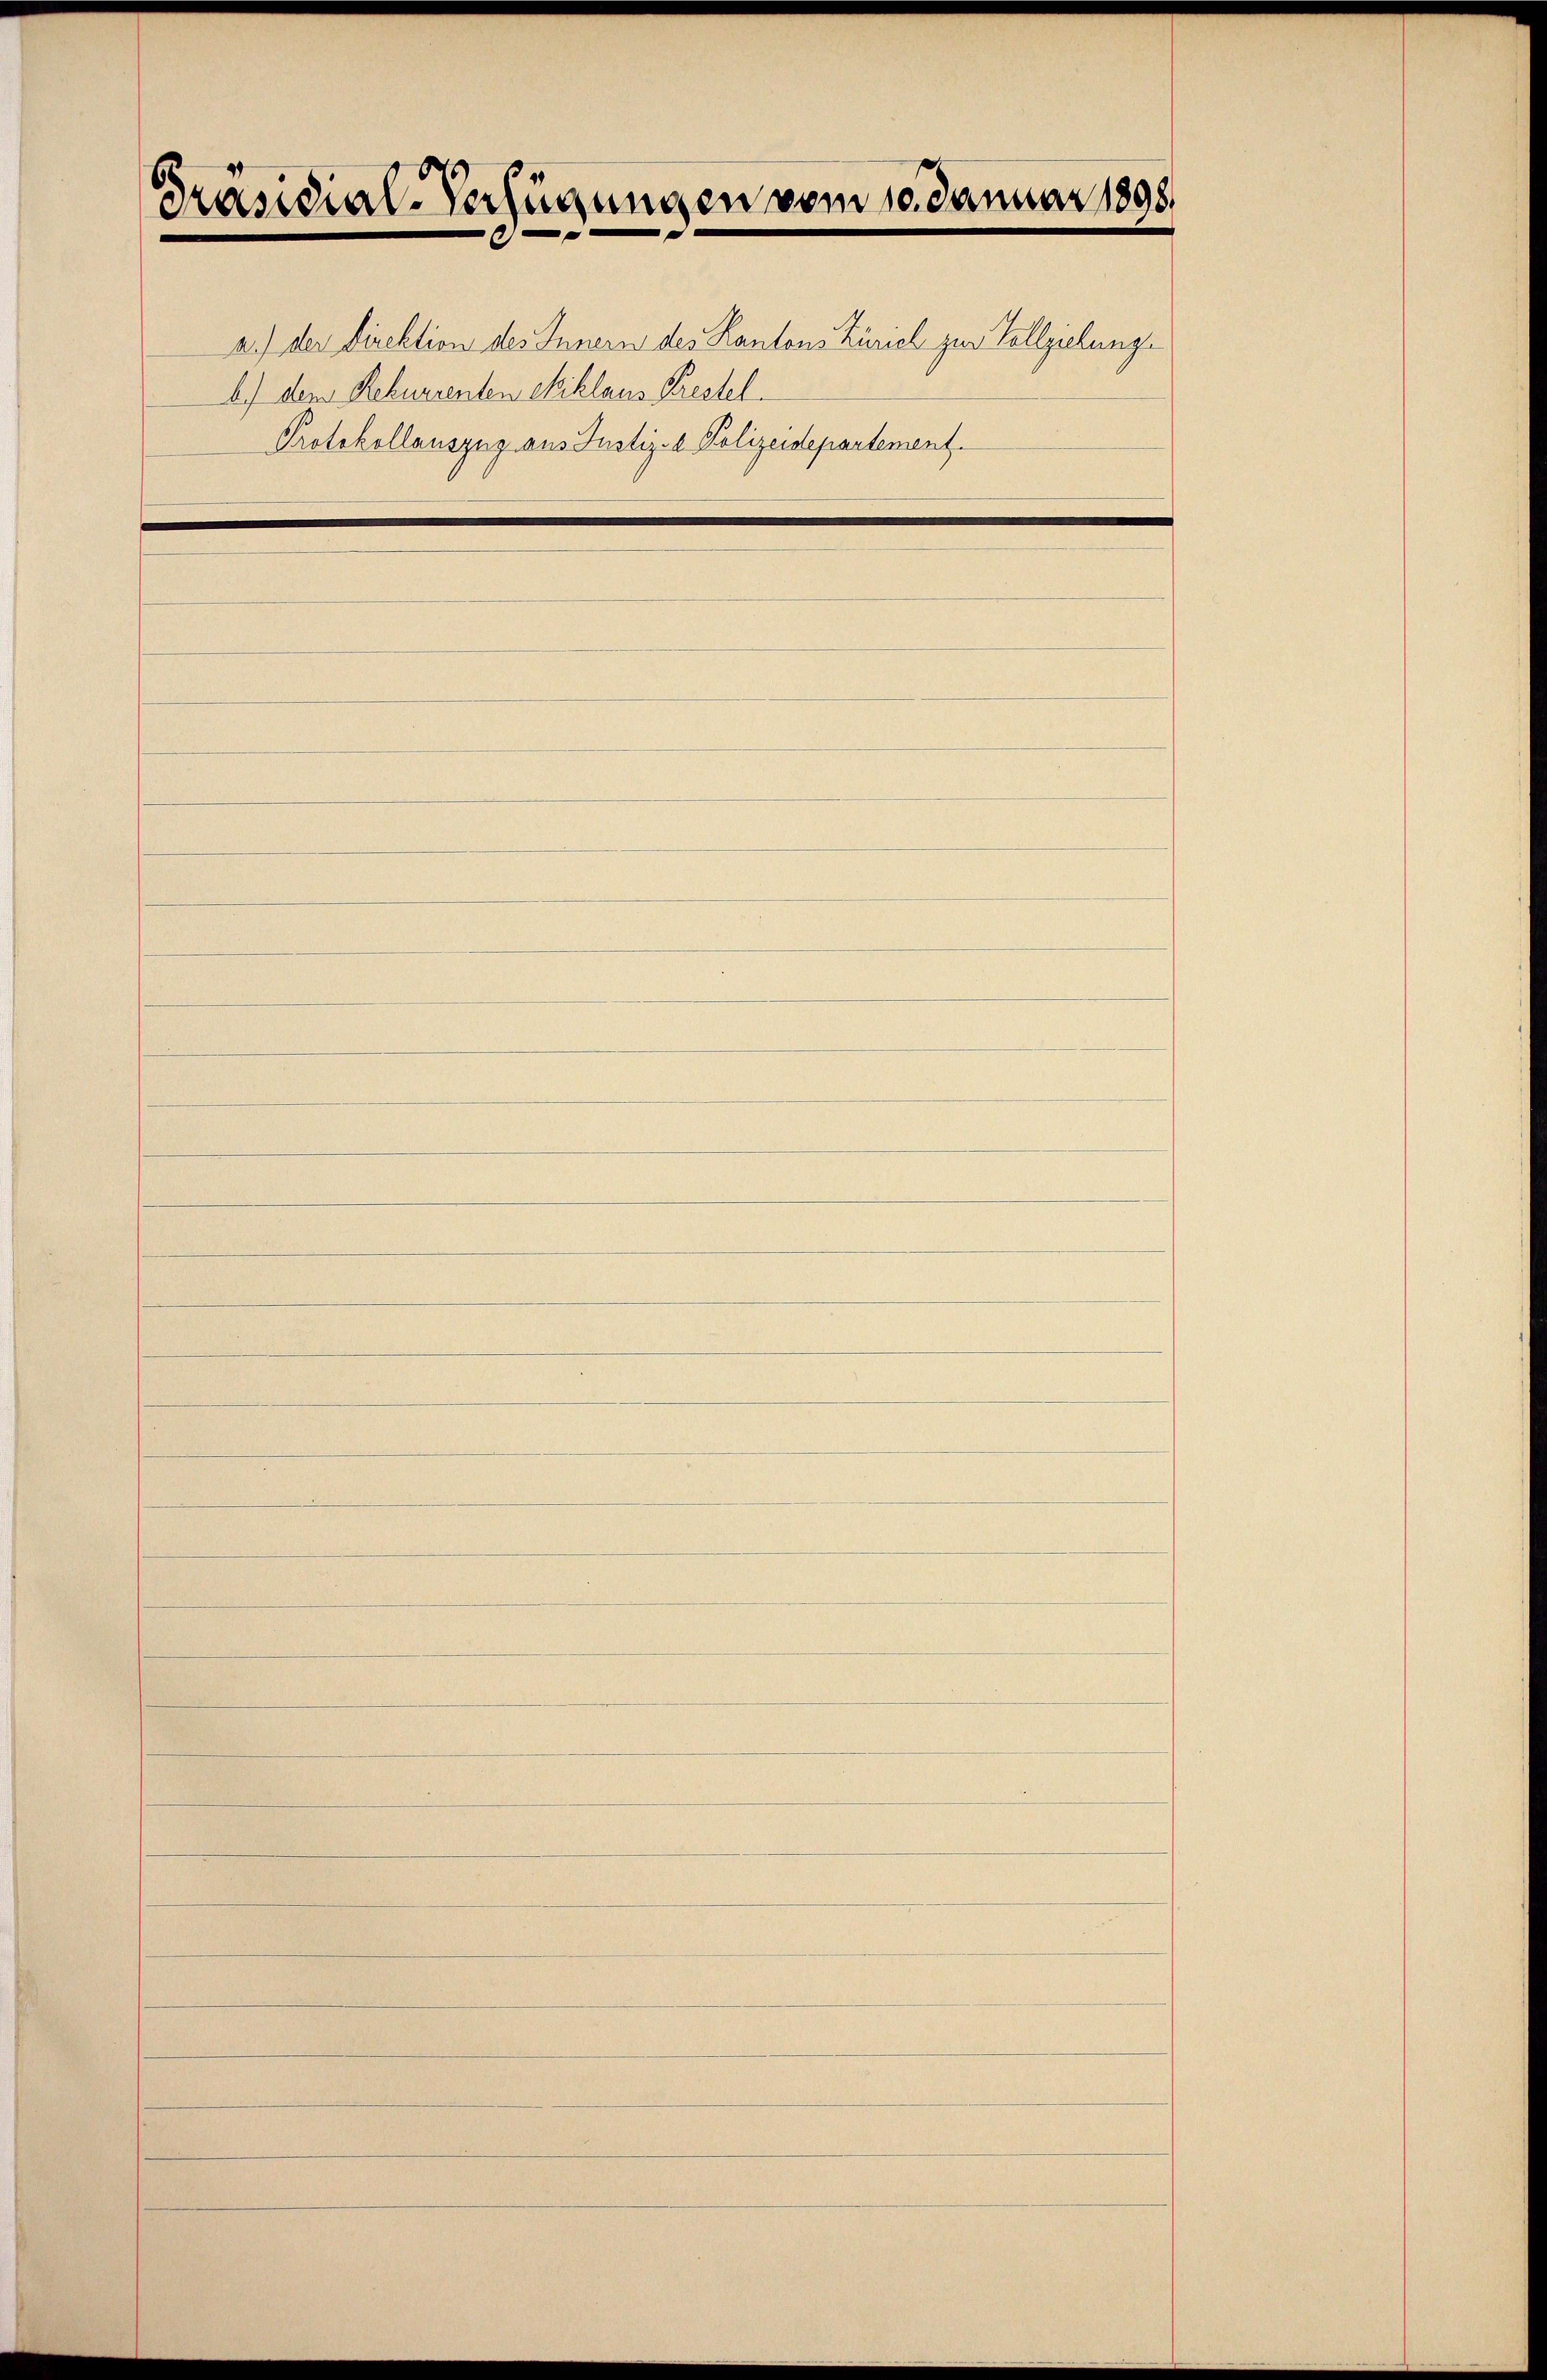
Präsidial-Verfügungen vom 10. Januar 1898.
b.) dem Rekurrenten eiklaus Krestel
Protokollauszug aus Justiz- & Polizeidepartement.

a.) der Direktion des Innern des Kantons Zürich zur Vollziehungs